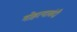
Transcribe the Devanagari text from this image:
गोहत्याबंदी